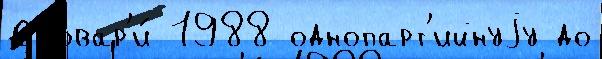
Словар'и́ 1988 однопарт'ийнуjу до